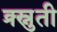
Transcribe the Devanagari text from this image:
क्र्स्नुती